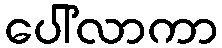
ပေါ်လာကာ